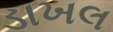
ડાખલ